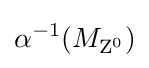
\alpha ^{-1}(M_{{\text{Z}}^{0}})